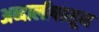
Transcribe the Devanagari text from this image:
अब्दालीपासून